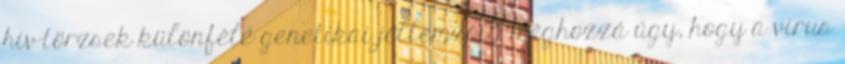
hiv-törzsek különféle genetikai jellemzőit, méghozzá úgy, hogy a vírus